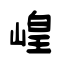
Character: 崲